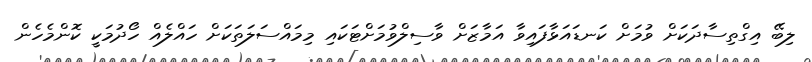
ލިބޭ އިގްތިސާދަކަށް ވުމަށް ކަނޑައަޅާފައިވާ އަމާޒަށް ވާސިލްވުމަށްޓަކައި މިމައްސަލަތަކަށް ހައްލެއް ހޯދުމަކީ ކޮންމެހެން